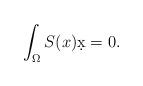
LaTeX: \begin{align*} \int_\Omega S(x) \d x = 0.\end{align*}